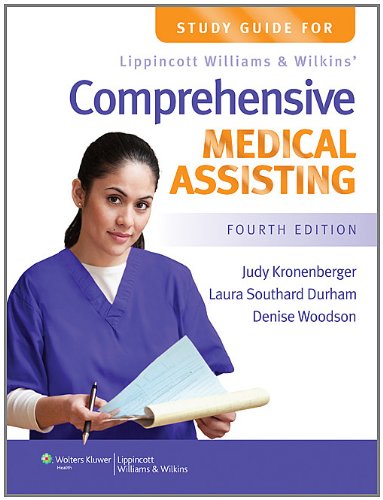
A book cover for Study Guide for Lippincott Williams & Wilkins' Comprehensive Medical Assisting; Judy Kronenberger RN  CMA  MEd; Medical Books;